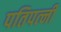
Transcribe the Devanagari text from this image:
पतिपत्‍नी